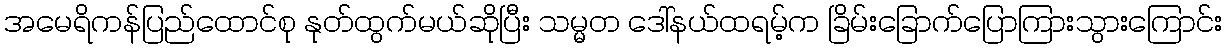
အမေရိကန်ပြည်ထောင်စု နုတ်ထွက်မယ်ဆိုပြီး သမ္မတ ဒေါ်နယ်ထရမ့်က ခြိမ်းခြောက်ပြောကြားသွားကြောင်း